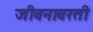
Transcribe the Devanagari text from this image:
जीवनावरती